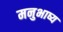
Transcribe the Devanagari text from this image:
मनुभाष्य